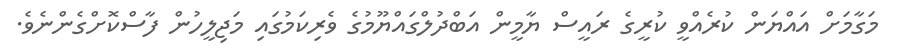
މަގާމަށް އައްޔަން ކުރެއްވީ ކުރީގެ ރައީސް ޔާމީން އަބްދުލްގައްޔޫމުގެ ވެރިކަމުގައި މަޖިލީހުން ފާސްކޮށްގެންނެވެ.